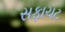
સફાચટ